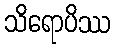
သိရောပိဿ